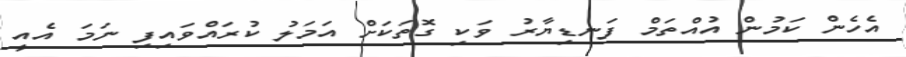
އެހެން ކަމުން އުއްތަމް ފަނޑިޔާރު ވަކި ގޮތަކަށް އަމަލު ކުރައްވައިފި ނަމަ އެއީ